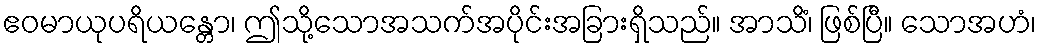
ဧဝမာယုပရိယန္တော၊ ဤသို့သောအသက်အပိုင်းအခြားရှိသည်။ အာသိံ၊ ဖြစ်ပြီ။ သောအဟံ၊